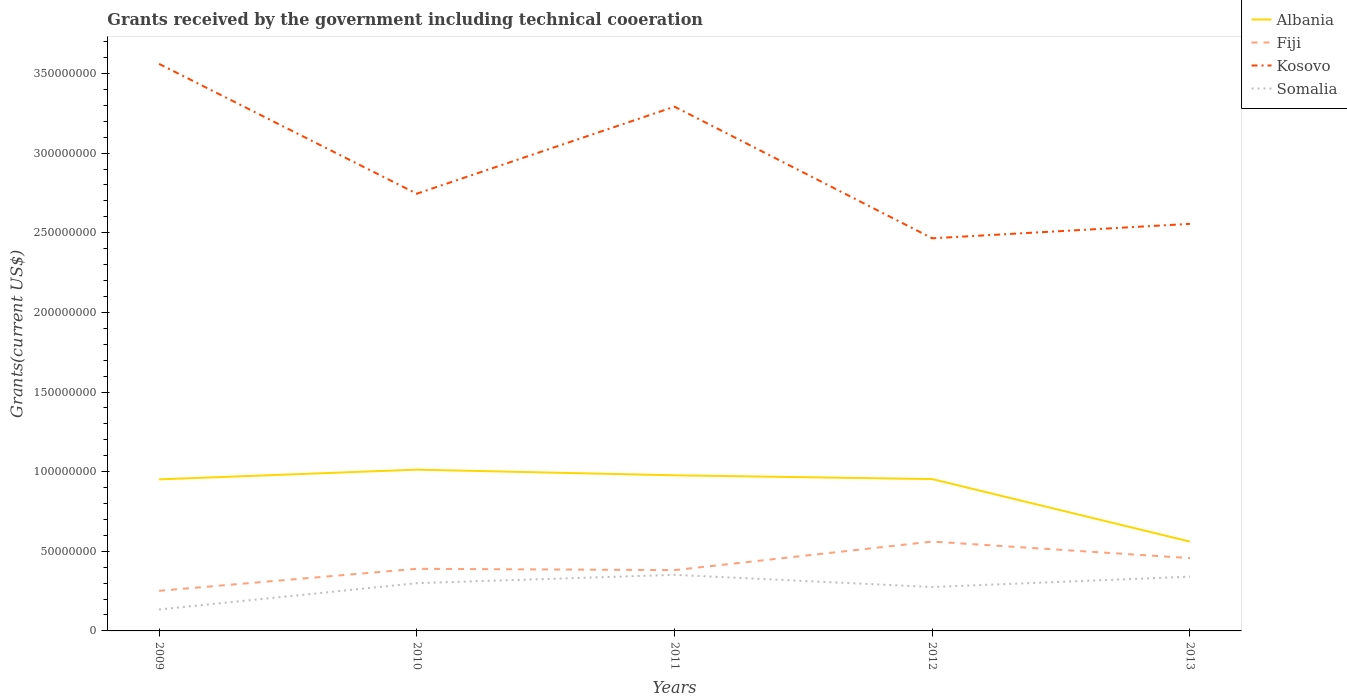
| Years | Albania | Fiji | Kosovo | Somalia |
 | --- | --- | --- | --- | --- |
 | 2009 | 9.52e+07 | 2.52e+07 | 3.56e+08 | 1.35e+07 |
 | 2010 | 1.01e+08 | 3.9e+07 | 2.74e+08 | 3e+07 |
 | 2011 | 9.77e+07 | 3.82e+07 | 3.29e+08 | 3.52e+07 |
 | 2012 | 9.53e+07 | 5.61e+07 | 2.46e+08 | 2.76e+07 |
 | 2013 | 5.61e+07 | 4.57e+07 | 2.56e+08 | 3.41e+07 |